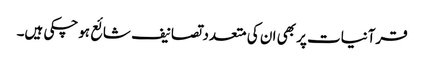
قرآنیات پر بھی ان کی متعدد تصانیف شائع ہوچکی ہیں۔